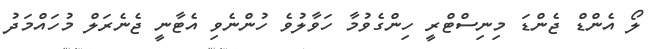
ލޯ އެންޑް ޖެންޑަ މިނިސްޓްރީ ހިންގެވުމާ ހަވާލުވެ ހުންނެވި އެޓާނީ ޖެނެރަލް މުހައްމަދު